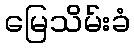
မြေသိမ်းခံ